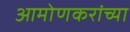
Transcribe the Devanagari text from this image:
आमोणकरांच्या